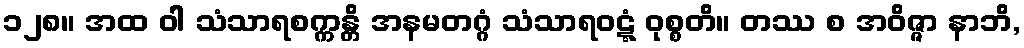
၁၂၈။ အထ ဝါ သံသာရစက္ကန္တိ အနမတဂ္ဂံ သံသာရဝဋ္ဋံ ဝုစ္စတိ။ တဿ စ အဝိဇ္ဇာ နာဘိ,